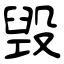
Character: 毁